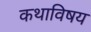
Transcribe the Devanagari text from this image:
कथाविषय